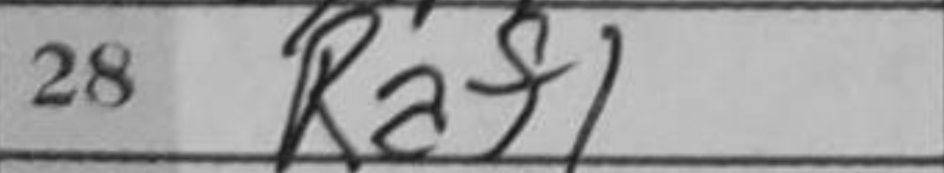
Transcription: Raf1